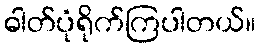
ဓါတ်ပုံရိုက်ကြပါတယ်။